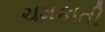
ચમકાતી